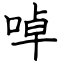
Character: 啅